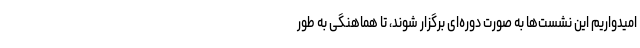
امیدواریم این نشست‌ها به صورت دوره‌ای برگزار شوند، تا هماهنگی به طور